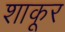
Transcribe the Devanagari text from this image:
शाकूर